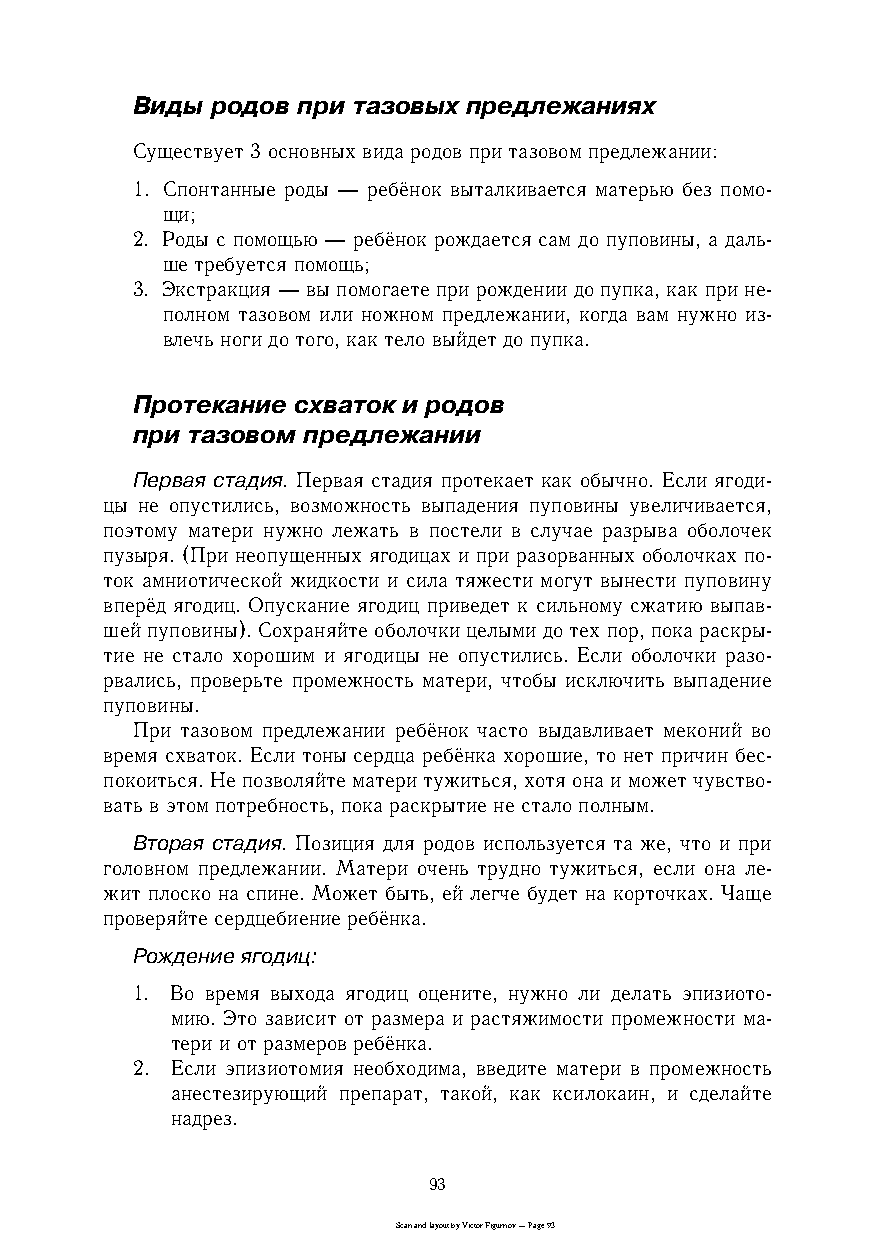
Виды родов при тазовых предлежаниях
 Существует 3 основных вида родов при тазовом предлежании:
 1. Спонтанные роды — ребёнок выталкивается матерью без помоc
 щи;
 2. Роды с помощью — ребёнок рождается сам до пуповины, а дальc
 ше требуется помощь;
 3. Экстракция — вы помогаете при рождении до пупка, как при неc
 полном тазовом или ножном предлежании, когда вам нужно изc
 влечь ноги до того, как тело выйдет до пупка.
 Протекание схваток и родов
 при тазовом предлежании
 Первая стадия. Первая стадия протекает как обычно. Если ягодиc
 цы не опустились, возможность выпадения пуповины увеличивается,
 поэтому матери нужно лежать в постели в случае разрыва оболочек
 пузыря. (При неопущенных ягодицах и при разорванных оболочках поc
 ток амниотической жидкости и сила тяжести могут вынести пуповину
 вперёд ягодиц. Опускание ягодиц приведет к сильному сжатию выпавc
 шей пуповины). Сохраняйте оболочки целыми до тех пор, пока раскрыc
 тие не стало хорошим и ягодицы не опустились. Если оболочки разоc
 рвались, проверьте промежность матери, чтобы исключить выпадение
 пуповины.
 При тазовом предлежании ребёнок часто выдавливает меконий во
 время схваток. Если тоны сердца ребёнка хорошие, то нет причин бесc
 покоиться. Не позволяйте матери тужиться, хотя она и может чувствоc
 вать в этом потребность, пока раскрытие не стало полным.
 Вторая стадия. Позиция для родов используется та же, что и при
 головном предлежании. Матери очень трудно тужиться, если она леc
 жит плоско на спине. Может быть, ей легче будет на корточках. Чаще
 проверяйте сердцебиение ребёнка.
 Рождение ягодиц:
 1. Во время выхода ягодиц оцените, нужно ли делать эпизиотоc
 мию. Это зависит от размера и растяжимости промежности маc
 тери и от размеров ребёнка.
 2. Если эпизиотомия необходима, введите матери в промежность
 анестезирующий препарат, такой, как ксилокаин, и сделайте
 надрез.
 93
 Scan and layout by Victor Figurnov — Page 93